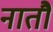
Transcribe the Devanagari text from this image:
नातौ